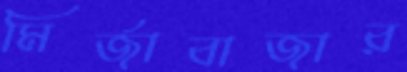
মির্জাবাজার